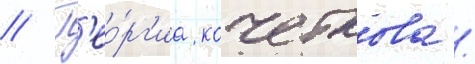
// Г'ео́рг'иа кочеткова /